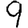
Digit: 9